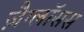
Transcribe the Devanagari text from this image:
ज़ैग्लॉसस